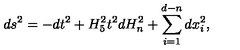
d s ^ { 2 } = - d t ^ { 2 } + H _ { 5 } ^ { 2 } t ^ { 2 } d H _ { n } ^ { 2 } + \sum _ { i = 1 } ^ { d - n } d x _ { i } ^ { 2 } ,